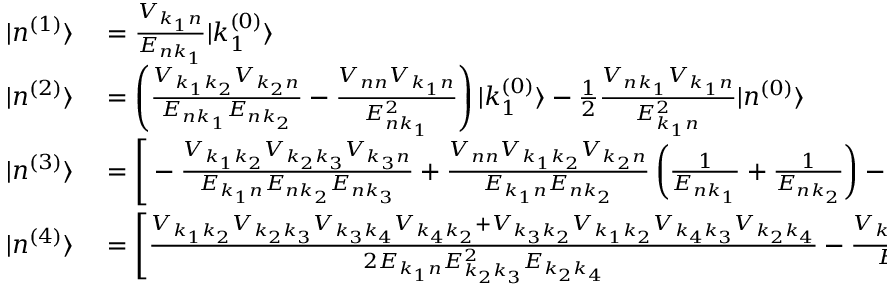
\begin{array} { r l } { | n ^ { ( 1 ) } \rangle } & { { } = { \frac { V _ { k _ { 1 } n } } { E _ { n k _ { 1 } } } } | k _ { 1 } ^ { ( 0 ) } \rangle } \\ { | n ^ { ( 2 ) } \rangle } & { { } = \left( { \frac { V _ { k _ { 1 } k _ { 2 } } V _ { k _ { 2 } n } } { E _ { n k _ { 1 } } E _ { n k _ { 2 } } } } - { \frac { V _ { n n } V _ { k _ { 1 } n } } { E _ { n k _ { 1 } } ^ { 2 } } } \right) | k _ { 1 } ^ { ( 0 ) } \rangle - { \frac { 1 } { 2 } } { \frac { V _ { n k _ { 1 } } V _ { k _ { 1 } n } } { E _ { k _ { 1 } n } ^ { 2 } } } | n ^ { ( 0 ) } \rangle } \\ { | n ^ { ( 3 ) } \rangle } & { { } = { \Bigg [ } - { \frac { V _ { k _ { 1 } k _ { 2 } } V _ { k _ { 2 } k _ { 3 } } V _ { k _ { 3 } n } } { E _ { k _ { 1 } n } E _ { n k _ { 2 } } E _ { n k _ { 3 } } } } + { \frac { V _ { n n } V _ { k _ { 1 } k _ { 2 } } V _ { k _ { 2 } n } } { E _ { k _ { 1 } n } E _ { n k _ { 2 } } } } \left( { \frac { 1 } { E _ { n k _ { 1 } } } } + { \frac { 1 } { E _ { n k _ { 2 } } } } \right) - { \frac { | V _ { n n } | ^ { 2 } V _ { k _ { 1 } n } } { E _ { k _ { 1 } n } ^ { 3 } } } + { \frac { | V _ { n k _ { 2 } } | ^ { 2 } V _ { k _ { 1 } n } } { E _ { k _ { 1 } n } E _ { n k _ { 2 } } } } \left( { \frac { 1 } { E _ { n k _ { 1 } } } } + { \frac { 1 } { 2 E _ { n k _ { 2 } } } } \right) { \Bigg ] } | k _ { 1 } ^ { ( 0 ) } \rangle } \\ { | n ^ { ( 4 ) } \rangle } & { { } = { \Bigg [ } { \frac { V _ { k _ { 1 } k _ { 2 } } V _ { k _ { 2 } k _ { 3 } } V _ { k _ { 3 } k _ { 4 } } V _ { k _ { 4 } k _ { 2 } } + V _ { k _ { 3 } k _ { 2 } } V _ { k _ { 1 } k _ { 2 } } V _ { k _ { 4 } k _ { 3 } } V _ { k _ { 2 } k _ { 4 } } } { 2 E _ { k _ { 1 } n } E _ { k _ { 2 } k _ { 3 } } ^ { 2 } E _ { k _ { 2 } k _ { 4 } } } } - { \frac { V _ { k _ { 2 } k _ { 3 } } V _ { k _ { 3 } k _ { 4 } } V _ { k _ { 4 } n } V _ { k _ { 1 } k _ { 2 } } } { E _ { k _ { 1 } n } E _ { k _ { 2 } n } E _ { n k _ { 3 } } E _ { n k _ { 4 } } } } + { \frac { V _ { k _ { 1 } k _ { 2 } } } { E _ { k _ { 1 } n } } } \left( { \frac { | V _ { k _ { 2 } k _ { 3 } } | ^ { 2 } V _ { k _ { 2 } k _ { 2 } } } { E _ { k _ { 2 } k _ { 3 } } ^ { 3 } } } - { \frac { | V _ { n k _ { 3 } } | ^ { 2 } V _ { k _ { 2 } n } } { E _ { k _ { 3 } n } ^ { 2 } E _ { k _ { 2 } n } } } \right) } \end{array}